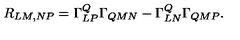
R _ { L M , N P } = \Gamma _ { L P } ^ { Q } \Gamma _ { Q M N } - \Gamma _ { L N } ^ { Q } \Gamma _ { Q M P } .